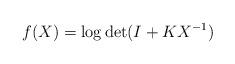
LaTeX: \begin{align*}f(X) = \log \det ( I + KX^{-1} )\end{align*}